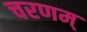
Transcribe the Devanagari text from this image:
चरणम्‌